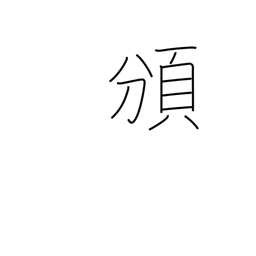
Meaning: distribute